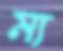
ম্য